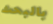
بالبحث